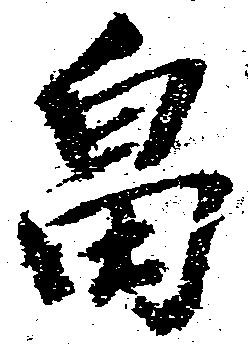
畠